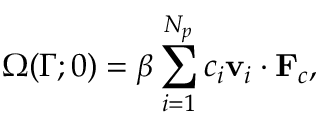
\Omega ( \Gamma ; 0 ) = \beta \sum _ { i = 1 } ^ { N _ { p } } c _ { i } \mathbf { v } _ { i } \cdot \mathbf { F } _ { c } ,